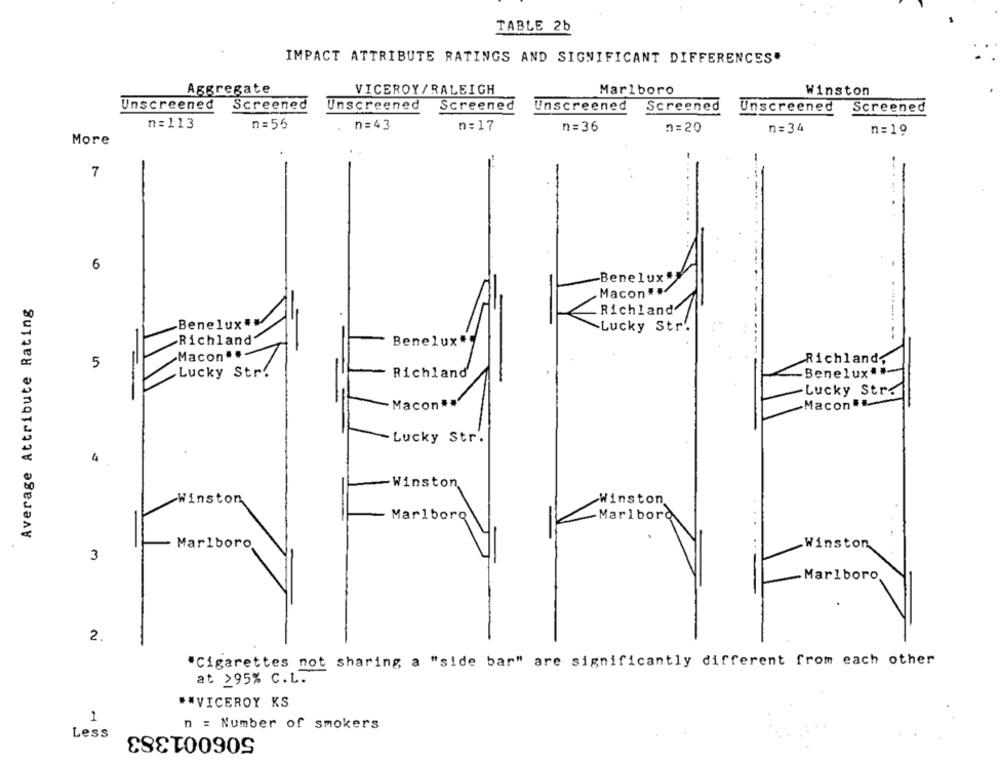
TABLE 2b
IMPACT ATTRIBUTE RATINGS AND SIGNIFICANT DIFFERENCES"
Aggregate
VICEROY/RALEIGH
Marlboro
Winston
Unscreened
Screened
Unscreened
Screened
Unscreened
Screened
Unscreened Screened
n= 113
n=56
n=43
n= 17
n=36
n=20
n= 34
n=19
More
-
7
6
Benelux
-
Macon
Average Attribute Rating
Richland
-Benelux#
Lucky Str.
-Richland"
Benelux.
Macon ..
5
Richland,
Lucky Str.
Richland
Benelux##-
Lucky Str<
Macon".
-Macon
Lucky Str.
4
Winston
Winston
Winston
Marlboro
Marlboro
Marlboro
-Winston
3
Marlboro
2.
"Cigarettes not sharing a "side bar" are significantly different from each other
at >95% C.L.
*VICEROY KS
1
n = Number of smokers
506001383
Less